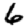
Digit: 6